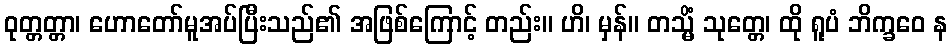
ဝုတ္တတ္တာ၊ ဟောတော်မူအပ်ပြီးသည်၏ အဖြစ်ကြောင့် တည်း။ ဟိ၊ မှန်။ တသ္မိံ သုတ္တေ၊ ထို ရူပံ ဘိက္ခဝေ န